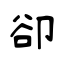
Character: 卻